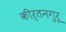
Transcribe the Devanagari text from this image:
कीर्तनगुरू